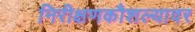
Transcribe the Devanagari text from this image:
निरीक्षणकौशल्यावर